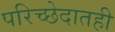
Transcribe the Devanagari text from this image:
परिच्छेदातही